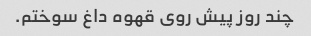
چند روز پیش روی قهوه داغ سوختم.